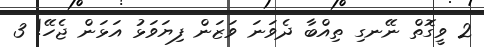
2 ވީގޮތް ނޭނގި ތިއްބާ ދެވަނަ ވަޒަން ފިޔަވަޅު އަޅަން ޖެހޭ! 3